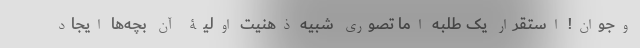
وجوان! استقرار یک طلبه اما تصوری شبیه ذهنیت اولیۀ آن بچه‌ها ایجاد